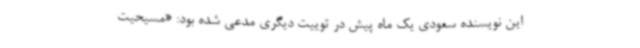
این نویسنده سعودی یک ماه پیش در توییت دیگری مدعی شده بود: «مسیحیت